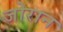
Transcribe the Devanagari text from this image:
जोरान